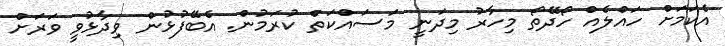
އެކަމަށް ހައްލެއް ހޯދޭތޯ މިހާރު މިދަނީ މަސައްކަތް ކުރަމުން. އެބޭފުޅުން ވިދާޅުވީ ވަރަށް